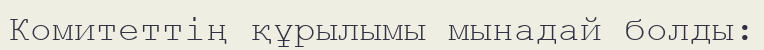
Комитеттің құрылымы мынадай болды: